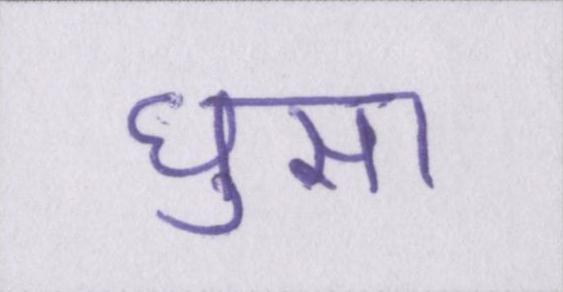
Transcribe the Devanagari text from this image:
घुसा